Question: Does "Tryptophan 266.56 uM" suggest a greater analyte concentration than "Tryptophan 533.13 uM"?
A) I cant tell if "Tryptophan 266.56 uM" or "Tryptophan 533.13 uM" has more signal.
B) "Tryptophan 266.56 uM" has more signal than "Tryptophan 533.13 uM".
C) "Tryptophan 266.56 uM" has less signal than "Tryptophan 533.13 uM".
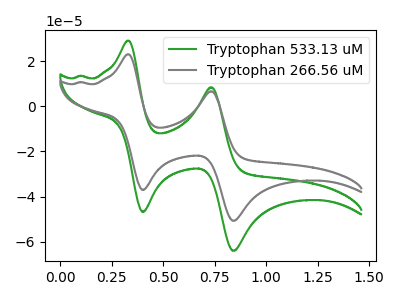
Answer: <think>The green curve "Tryptophan 533.13 uM" has anodic peaks at (0.35V, 29.10uA) (0.75V, 8.45uA) and cathodic peaks at (0.40V, -46.75uA) (0.85V, -64.00uA). The gray curve "Tryptophan 266.56 uM" has anodic peaks at (0.35V, 23.05uA) (0.75V, 6.70uA) and cathodic peaks at (0.40V, -37.05uA) (0.85V, -50.70uA).
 All the peaks in "Tryptophan 266.56 uM" have a peak in "Tryptophan 533.13 uM" at the same potential. Every peak in "Tryptophan 266.56 uM" is lower than every peak in "Tryptophan 533.13 uM".</think>
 <answer>C) "Tryptophan 266.56 uM" has less signal than "Tryptophan 533.13 uM".</answer>
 <eval>C</eval>